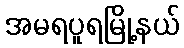
အမရပူရမြို့နယ်